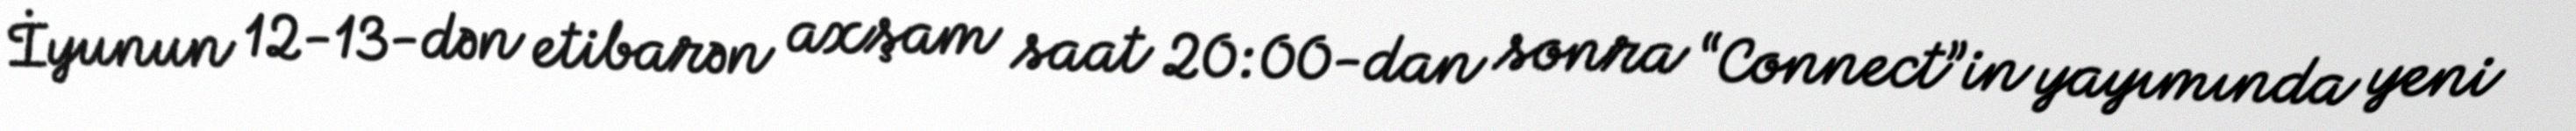
İyunun 12-13-dən etibarən axşam saat 20:00-dan sonra “Connect”in yayımında yeni